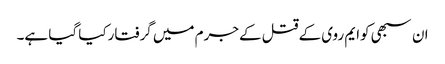
ان سبھی کوایم روی کےقتل کےجرم میں گرفتارکیا گیا ہے۔